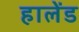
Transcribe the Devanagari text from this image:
हालेंड